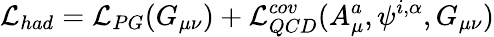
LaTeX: {\cal L}_{had}={\cal L}_{PG}(G_{\mu\nu})+{\cal L}_{QCD}^{cov}(A_{\mu}^{a},\psi^{i,\alpha},G_{\mu\nu})